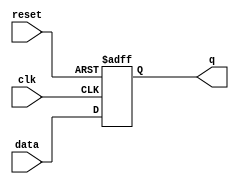
module latch (
  input wire clk,    // Clock input
  input wire reset,  // Reset input
  input wire data,   // Data input
  output reg q       // Output
);

  always @(posedge clk or posedge reset)
  begin
    if (reset)
      q <= 1'b0;     // Reset the latch to 0
    else
      q <= data;      // Update the latch with new data
  end

endmodule